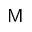
\mathsf { M }